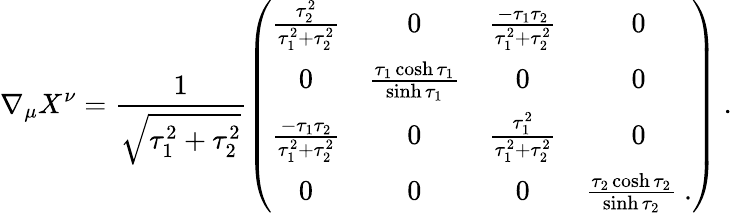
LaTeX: \nabla_{\mu}X^{\nu}=\frac{1}{\sqrt{\tau_{1}^{2}+\tau_{2}^{2}}}\left(\begin{array}{cccc}{\frac{\tau_{2}^{2}}{\tau_{1}^{2}+\tau_{2}^{2}}}&{0}&{\frac{-\tau_{1}\tau_{2}}{\tau_{1}^{2}+\tau_{2}^{2}}}&{0}\\ {0}&{\frac{\tau_{1}\cosh\tau_{1}}{\sinh\tau_{1}}}&{0}&{0}\\ {\frac{-\tau_{1}\tau_{2}}{\tau_{1}^{2}+\tau_{2}^{2}}}&{0}&{\frac{\tau_{1}^{2}}{\tau_{1}^{2}+\tau_{2}^{2}}}&{0}\\ {0}&{0}&{0}&{\frac{\tau_{2}\cosh\tau_{2}}{\sinh\tau_{2}}\ .}\end{array}\right)\ .